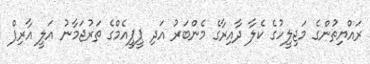
ރައްޔިތުންގެ މަޖިލީހުގެ ކެލާ ދާއިރާގެ މެންބަރު އަދި ޕީޕީއެމްގެ ތަރުޖަމާނު އަލީ އާރިފް